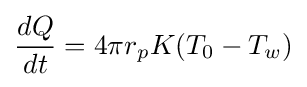
{\frac {dQ}{dt}}=4\pi r_{p}K(T_{0}-T_{w})